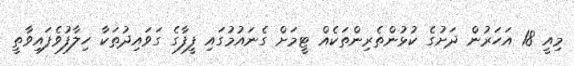
މިއީ 18 އަހަރުން ދަށުގެ ކުޅުންތެރިންތަކެއް ޓީމަށް ގެނައުމުގައި ފީފާގެ ގަވައިދުތަކާ ހިލާފުވެފައިވާތީ